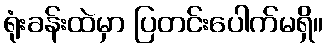
ရုံးခန်းထဲမှာ ပြတင်းပေါက်မရှိ။